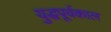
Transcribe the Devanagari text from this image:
युद्धपूर्वकाल